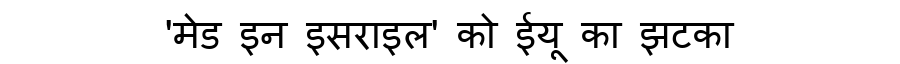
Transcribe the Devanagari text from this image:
'मेड इन इसराइल' को ईयू का झटका